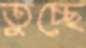
তুচ্ছে